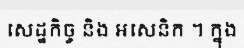
សេដ្ឋកិច្ច និង អសេនិក ។ ក្នុង